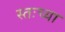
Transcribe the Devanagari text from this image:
स्तःच्या